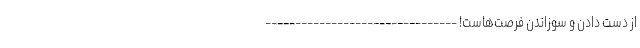
از دست دادن و سوزاندن فرصت‌هاست! --------------------------------